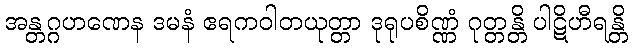
အန္တဂ္ဂဟဏေန ဒမနံ ဧရကဝါတယုတ္တာ ဒုရုပစိဏ္ဏံ ဂုတ္တန္တိ ပါဋိဟီရန္တိ